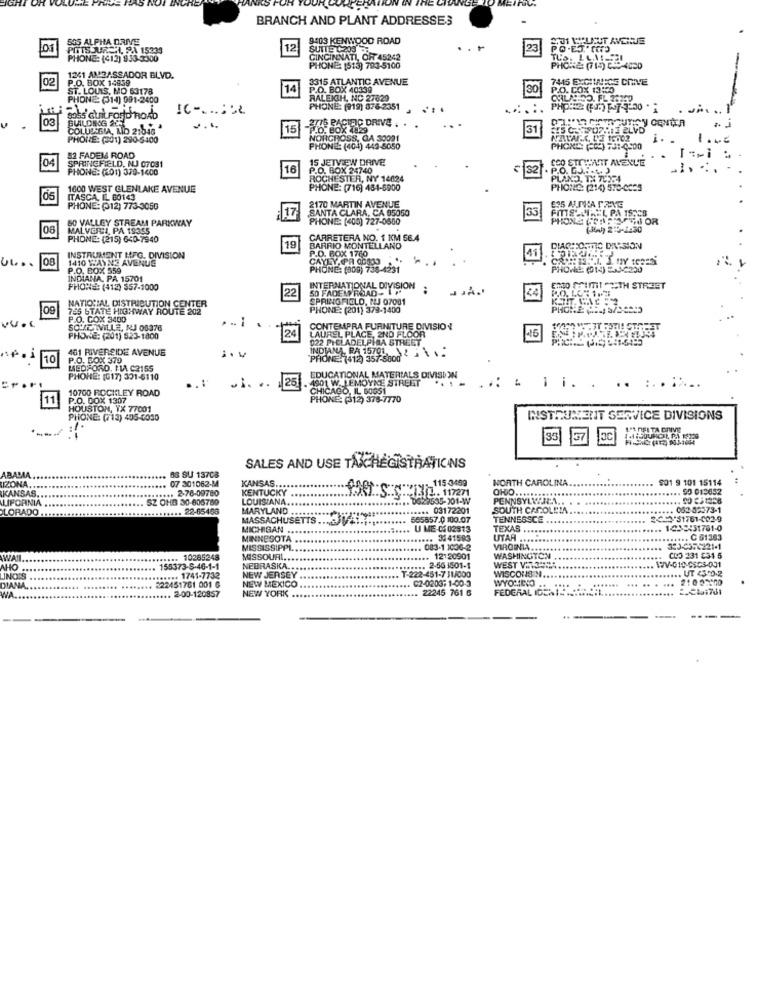
BRANCH AND PLANT ADDRESSES
SOS ALPHA DRIVE
9103 KENWOOD ROAD
PITTS JURCH, PA 15339
12
SUITE L208
23
PHONE: (412) 933 3300
CINCINNATI, OR 45242
PHONE 1513) 793-5100
PHONE: (714) 3-400
02
1241 AMBASSADOR BLVD.
P.O. BOX 14959
3315 ATLANTIC AVENUE
7445 EXCITANICS CHIVE
ST. LOUIS, MO 63178
14
P.O. BOX 40339
P.O. COX 13:20
PHONE: (314) 991-2400
RALEIGH, NC 27629
IC -.....
PHONE: (919) 876-2351
03
BUILDNOG 205
8055 GUIL FORD ROAD
COLUSSIA, LID 2:546
15
STUB PACIFIC DRIVE . . .
.O. BOX 1929
31
PHONE: (301) 290-5400
NORCROSS, GA 30091
MACALC UE 16002
PHONE: (404) 449-5050
PHONE: (CC) TJ1-4500
52 FADEM ROAD
SPRINGFIELD, NJ 07081
15 JETVIEW DRIVE
GOO STOWHAT AVENL'E
PHONE: (201) 379-1400
16
P.O. BOX 24740
32
P.O. CJ .. ..... )
ROCHESTER, NY 14024
PLANO, TX 70354
1600 WEST GLENLAKE AVENUE
PHONE: (716) 454-6900
PHONE: (214) 570-0655
05
ITASCA, IL 60143
2170 MARTIN AVENUE
PHONE: (312) 773-3050
SANTA CLARA, CA 95050
35
FOUTECUIREL PA 15:45
60 VALLEY STREAM PARKWAY
: 17
PHONE: [<05) 727-0650
PHONE (TASKSFEJ OR
08
MALVERIJ, PA 19355
PHONE: (215) 640-7940
19
CARRETERA NO. 1 KM 58.4
BARRIO MONTELLANO
P.O. BOX 1760
DIACHECITIC DASSION
08
INSTRUMENT MFG. DIVISION
1410 WAYNE AVENUE
CAYEY, PR 00013
11
P.O. BOX 559
PHONE: (800) 738-4231
PHONE: (14) 5A)-C200
INDIANA, PA 15701
PHONE: (412) 557-1000
22
SO FADEM ROAD- >
INTERNATIONAL DIVISION
ENTO MIMICTH STREET
NATIONAL DISTRIBUTION CENTER
SPRINGFIELD, NJ 07001
09
745 STATE HIGHWAY ROUTE 202
PHONE: (201) 379-1400
P.O. COX 3400
SOMDIVILLE, NJ 08376
LAUREL PLACE, 2ND FLOOR
CONTEMPRA FURNITURE DIVISION
PHONE: (201) 523-1800
24
022 PHELADELPHIA STREET
16
461 RIVERSIDE AVENUE
INDIANA, RA 15701 2 ...
10
P.O. BOX 370
"PHONE: 7412) 357-5800
MEDFORD, HA C2155
PHONE: (G17) 301-6110
....
25
EDUCATIONAL MATERIALS DIVISION
4901 W. LEMOYNE STREET
10700 ROCKLEY ROAD
.1. .
CHICAGO, IL 60GS1
..:
Lli. .
.. ......
11
P.O. DOX 1307
PHONE: (312) 378-7770
HOUSTON, TX 77001
PHONE: (713) 405-6030
INSTRUMENT SERVICE DIVISIONS
35 57 EC
SALES AND USE TAK REGISTRATIONS
UZONA.
ABAMA
.. 07 301062-14
.. 88 SU 13708
KANSAS ...
115-3489
NORTH CAROLINA
$01 9 101 15114
KANSAS.
.. 2-78-09780
KENTUCKY
:SSHILL. 117271
OHO ...
.. 50 013652
LIFORNIA
SZ OHB 30-606780
LOUISIANA.
.0G29535-201-W
PENNSYLWHEN
LORADO ..
.. 22-65466
MARYLAND
..... 03172201
SOUTH CAROLEMA.
002-32573-1
MASSACHUSETTS.
565557.0 100.07
TENNESSCE
2C42/31761-002-9
MICHIGAN
U ME-0 02913
TEXAS
.. 1232451761-0
MINNESOTA
. 31 41583
UTAA
... C 61383
MISSISSIPPI
.. 083-1 1006-2
WAT ..
10285248
MISSOURI ..
.. 12120901
WASHINGTON
CLO 231 531 5
AHO
:**... 1741-7732
155373-5-46-1-1
NEBRASKA ..
T-222-451-7 31/000
..... 2-56 1501-1
WEST VOUS
WISCONS N
UT 2390-2
LINOIS
322451761 001 6
NEW MEXICO
NEW JERSEY
. C2-02037 1-00-3
WYOMENO .
2100-200
DIANA ...
NEW YORK
22245 761 6
FEDERAL CENA ..............
WA ..
.. 2-00-120857